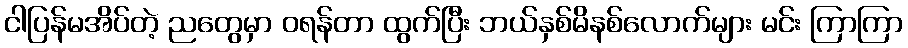
ငါပြန်မအိပ်တဲ့ ညတွေမှာ ဝရန်တာ ထွက်ပြီး ဘယ်နှစ်မိနစ်လောက်များ မင်း ကြာကြာ